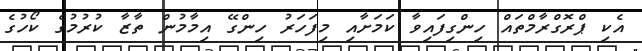
އެކި ޕްރޮގްރާމްތައް ހިންގިފައިވާ ކަމަށާއި މިފަހަރު ހިންގޭ އިމާމުން ތާޒާ ކުރުމުގެ ކޯހުގެ